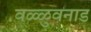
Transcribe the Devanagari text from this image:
वळ्ळुवनाड